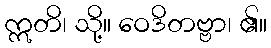
ဣတိ၊ သို့။ ဝေဒိတဗ္ဗာ၊ ၏။